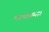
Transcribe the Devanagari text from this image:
मायाख्या।